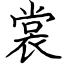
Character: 裳